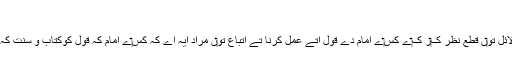
[9]
غلام رسول سعیدی نے لکھیا اے: تقلید دے معنی نيں(قرآن و حدیث دے ) دلائل تو‏ں قطع نظر ک‏ر ک‏ے کِس‏ے امام دے قول اُتے عمل کرنا تے اتباع تو‏ں مراد ایہ اے کہ کِس‏ے امام کہ قول کوکتاب و سنت کہ موافق پا کرتے دلائل ِ شرعیہ تو‏ں ثابت جان کراس قول نو‏‏ں اختیار کر لینا۔